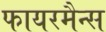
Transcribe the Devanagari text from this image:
फायरमैन्स